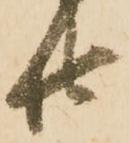
廿